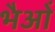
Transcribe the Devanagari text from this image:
भैओं